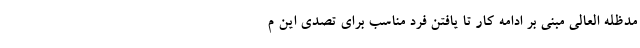
مدظله العالی مبنی بر ادامه کار تا یافتن فرد مناسب برای تصدی این م